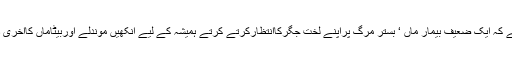
کبھی یوں بھی ہوتا ہے کہ ایک ضعیف بیمار ماں ‘ بستر مرگ پراپنے لخت جگرکاانتظارکرتے کرتے ہمیشہ کے لیے آنکھیں موندلے اوربیٹاماں کاآخری دیداربھی نہ کرسکے۔